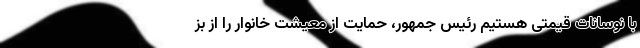
با نوسانات قیمتی هستیم رئیس جمهور، حمایت از معیشت خانوار را از بز